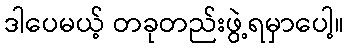
ဒါပေမယ့် တခုတည်းဖွဲ့ရမှာပေါ့။